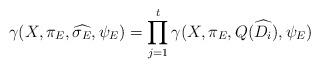
LaTeX: \begin{align*}\gamma(X,\pi_E,\widehat{\sigma_E},\psi_E) = \prod_{j=1}^t \gamma(X,\pi_E,Q(\widehat{D_i}),\psi_E)\end{align*}